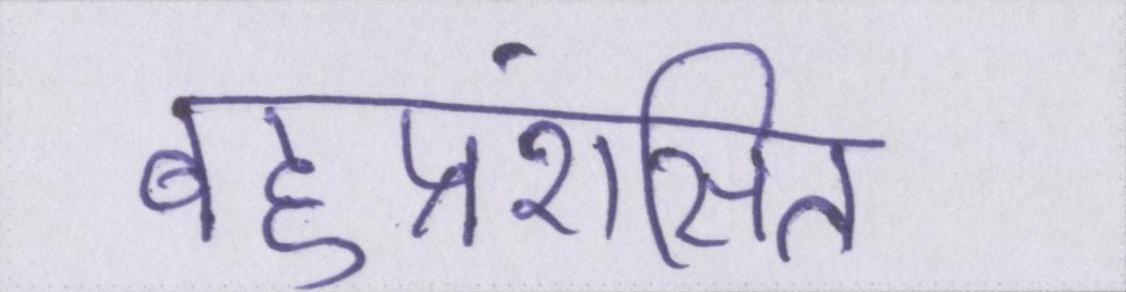
बहुप्रशंसित